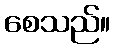
စေသည်။